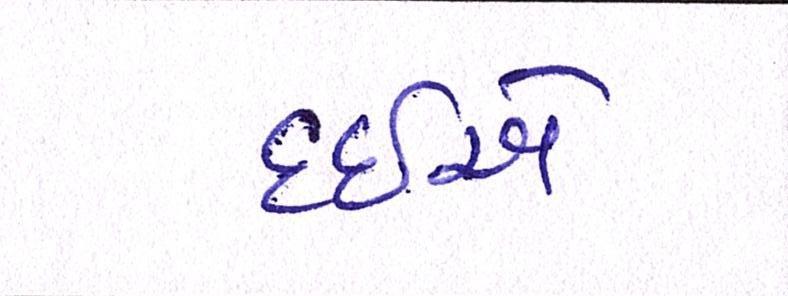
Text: દઇએ